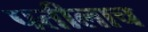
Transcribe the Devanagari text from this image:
पतीलाच